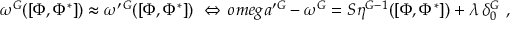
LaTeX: \omega ^ { G } ( [ \Phi , \Phi ^ { * } ] ) \approx \omega ^ { \prime } { } ^ { G } ( [ \Phi , \Phi ^ { * } ] ) \ \Leftrightarrow \, o m e g a ^ { \prime } { } ^ { G } - \omega ^ { G } = { \cal S } \eta ^ { G - 1 } ( [ \Phi , \Phi ^ { * } ] ) + \lambda \, \delta _ { 0 } ^ { G } \ ,